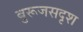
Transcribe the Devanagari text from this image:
बुरूजसदृश